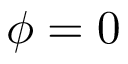
\phi = 0